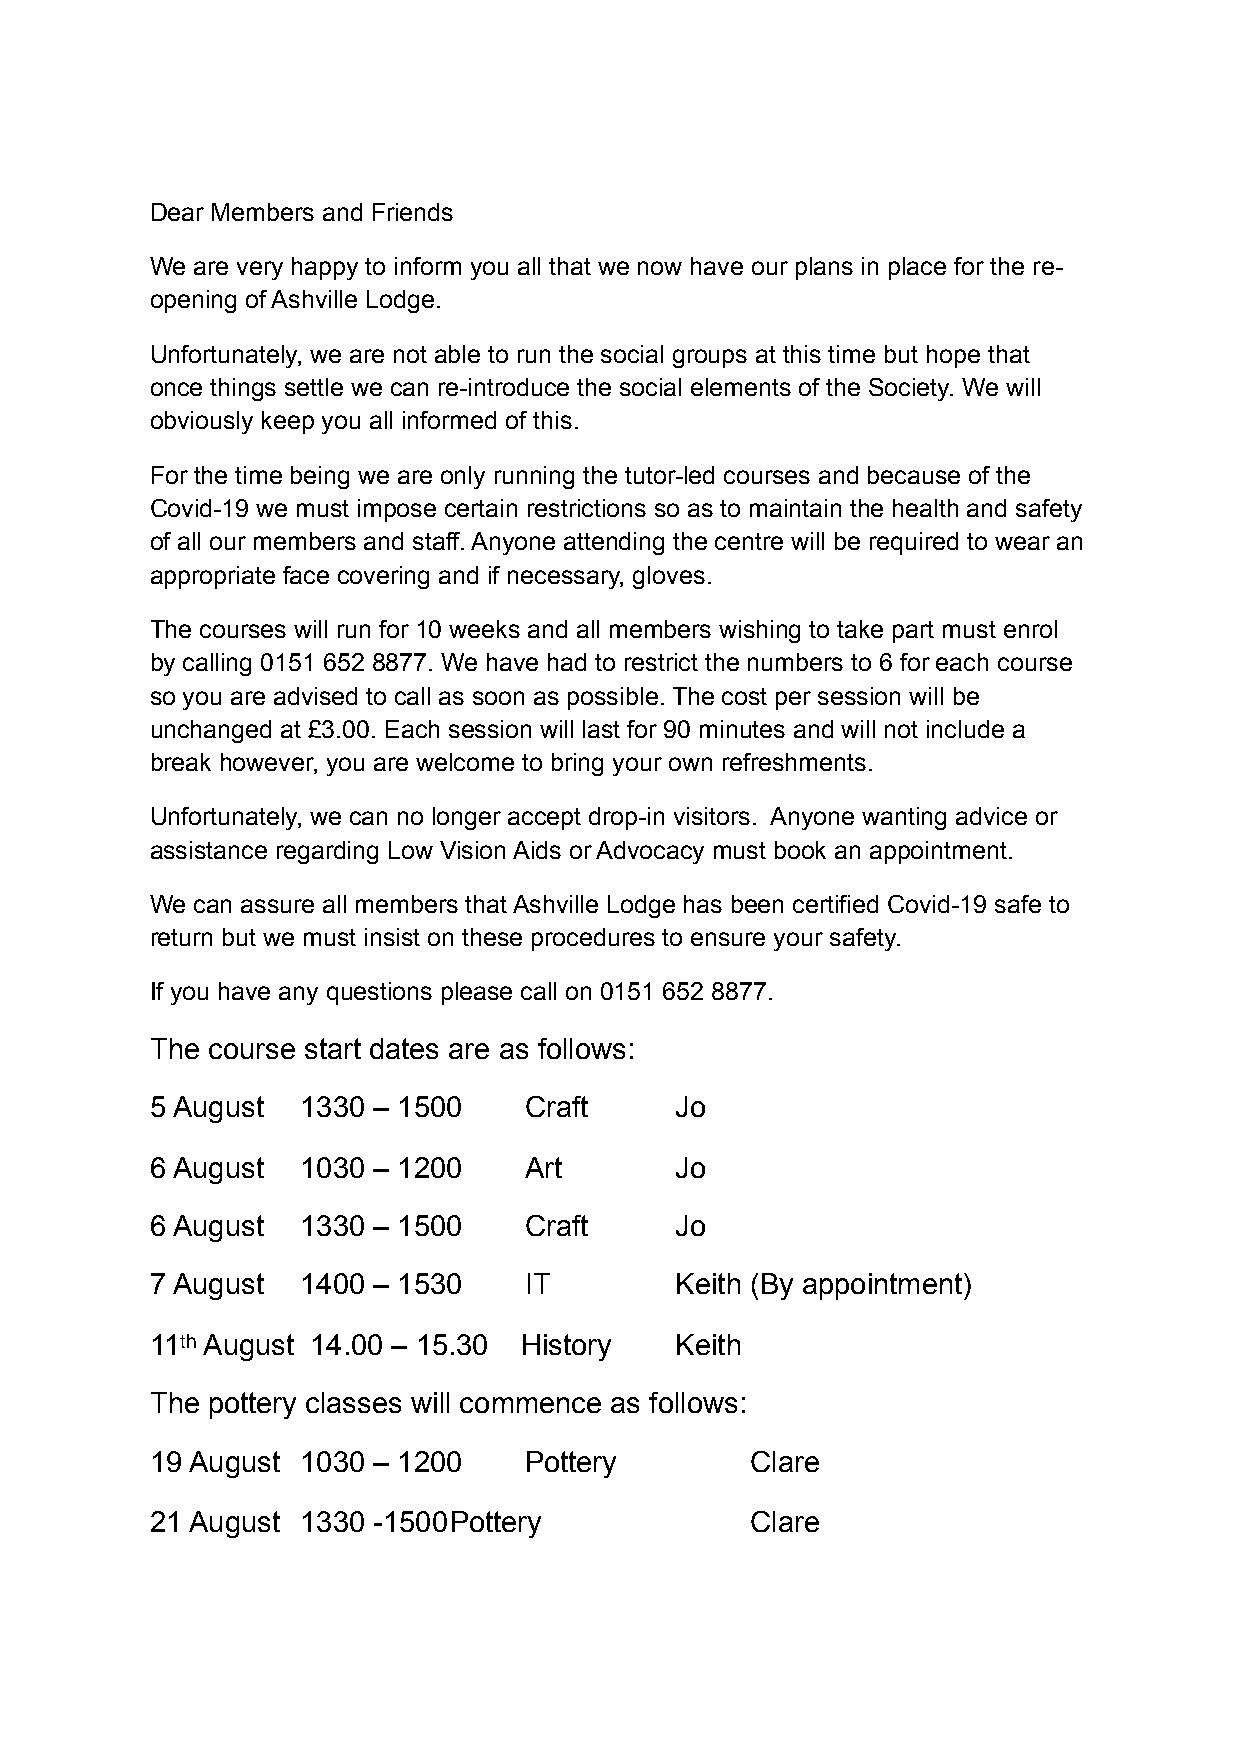
Dear Members and Friends
 We are very happy to inform you all that we now have our plans in place for the re-
 opening of Ashville Lodge.
 Unfortunately, we are not able to run the social groups at this time but hope that
 once things settle we can re-introduce the social elements of the Society. We will
 obviously keep you all informed of this.
 For the time being we are only running the tutor-led courses and because of the
 Covid-19 we must impose certain restrictions so as to maintain the health and safety
 of all our members and staff. Anyone attending the centre will be required to wear an
 appropriate face covering and if necessary, gloves.
 The courses will run for 10 weeks and all members wishing to take part must enrol
 by calling 0151 652 8877. We have had to restrict the numbers to 6 for each course
 so you are advised to call as soon as possible. The cost per session will be
 unchanged at £3.00. Each session will last for 90 minutes and will not include a
 break however, you are welcome to bring your own refreshments.
 Unfortunately, we can no longer accept drop-in visitors. Anyone wanting advice or
 assistance regarding Low Vision Aids or Advocacy must book an appointment.
 We can assure all members that Ashville Lodge has been certified Covid-19 safe to
 return but we must insist on these procedures to ensure your safety.
 If you have any questions please call on 0151 652 8877.
 The course start dates are as follows:
 5 August  1330 – 1500    Craft     Jo
 6 August  1030 – 1200    Art       Jo
 6 August  1330 – 1500    Craft     Jo
 7 August  1400 – 1530    IT        Keith (By appointment)
 11th August 14.00 – 15.30 History  Keith
 The pottery classes will commence as follows:
 19 August 1030 – 1200    Pottery        Clare
 21 August 1330 -1500 Pottery            Clare